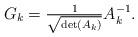
LaTeX: \begin{align*} G_k= \tfrac{1}{\sqrt{\det(A_k)}}A_k^{-1}.\end{align*}